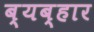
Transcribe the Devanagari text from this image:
ब्यब्हार